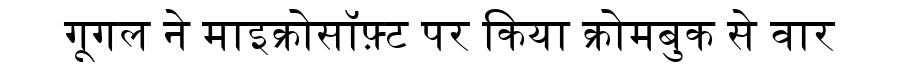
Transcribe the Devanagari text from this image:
गूगल ने माइक्रोसॉफ़्ट पर किया क्रोमबुक से वार